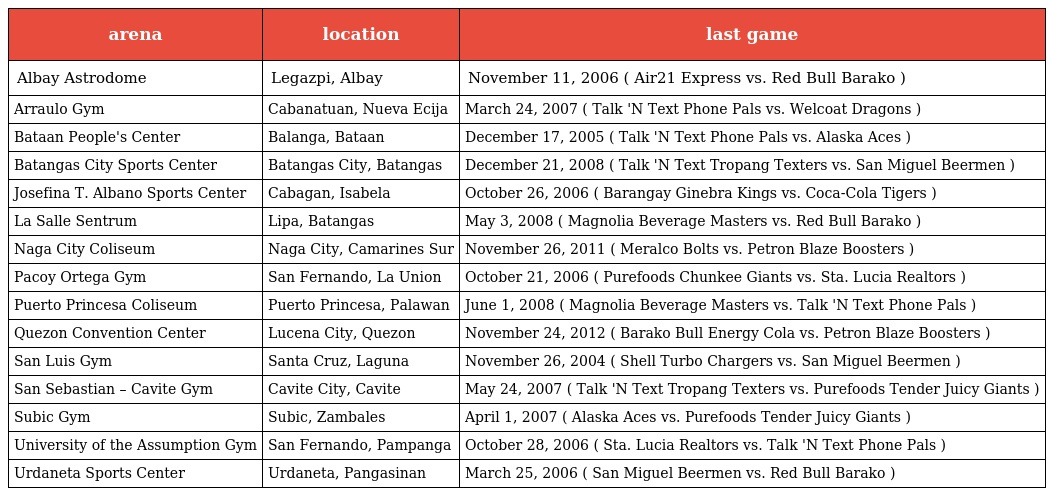
| arena | location | last game |
 | --- | --- | --- |
 | Albay Astrodome | Legazpi, Albay | November 11, 2006 ( Air21 Express vs. Red Bull Barako ) |
 | Arraulo Gym | Cabanatuan, Nueva Ecija | March 24, 2007 ( Talk 'N Text Phone Pals vs. Welcoat Dragons ) |
 | Bataan People's Center | Balanga, Bataan | December 17, 2005 ( Talk 'N Text Phone Pals vs. Alaska Aces ) |
 | Batangas City Sports Center | Batangas City, Batangas | December 21, 2008 ( Talk 'N Text Tropang Texters vs. San Miguel Beermen ) |
 | Josefina T. Albano Sports Center | Cabagan, Isabela | October 26, 2006 ( Barangay Ginebra Kings vs. Coca-Cola Tigers ) |
 | La Salle Sentrum | Lipa, Batangas | May 3, 2008 ( Magnolia Beverage Masters vs. Red Bull Barako ) |
 | Naga City Coliseum | Naga City, Camarines Sur | November 26, 2011 ( Meralco Bolts vs. Petron Blaze Boosters ) |
 | Pacoy Ortega Gym | San Fernando, La Union | October 21, 2006 ( Purefoods Chunkee Giants vs. Sta. Lucia Realtors ) |
 | Puerto Princesa Coliseum | Puerto Princesa, Palawan | June 1, 2008 ( Magnolia Beverage Masters vs. Talk 'N Text Phone Pals ) |
 | Quezon Convention Center | Lucena City, Quezon | November 24, 2012 ( Barako Bull Energy Cola vs. Petron Blaze Boosters ) |
 | San Luis Gym | Santa Cruz, Laguna | November 26, 2004 ( Shell Turbo Chargers vs. San Miguel Beermen ) |
 | San Sebastian – Cavite Gym | Cavite City, Cavite | May 24, 2007 ( Talk 'N Text Tropang Texters vs. Purefoods Tender Juicy Giants ) |
 | Subic Gym | Subic, Zambales | April 1, 2007 ( Alaska Aces vs. Purefoods Tender Juicy Giants ) |
 | University of the Assumption Gym | San Fernando, Pampanga | October 28, 2006 ( Sta. Lucia Realtors vs. Talk 'N Text Phone Pals ) |
 | Urdaneta Sports Center | Urdaneta, Pangasinan | March 25, 2006 ( San Miguel Beermen vs. Red Bull Barako ) |